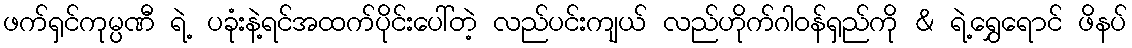
ဖက်ရှင်ကုမ္ပဏီ ရဲ့ ပခုံးနဲ့ရင်အထက်ပိုင်းပေါ်တဲ့ လည်ပင်းကျယ် လည်ဟိုက်ဂါဝန်ရှည်ကို & ရဲ့ရွှေရောင် ဖိနပ်